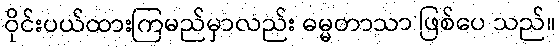
ဝိုင်းပယ်ထားကြမည်မှာလည်း ဓမ္မတာသာ ဖြစ်ပေ သည်။